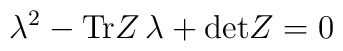
\lambda^2 - \mbox{Tr} Z \, \lambda +\mbox{det}Z =0